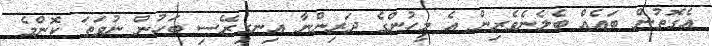
އެގޮތުން ބައެއް ބެލެނެވެރިން އެ މީހުންގެ ދަރިންނާ އިނގިރޭސި ބަހުން ނުވަތަ ކޮންމެ